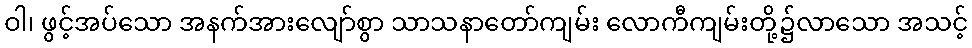
ဝါ၊ ဖွင့်အပ်သော အနက်အားလျော်စွာ သာသနာတော်ကျမ်း လောကီကျမ်းတို့၌လာသော အသင့်